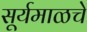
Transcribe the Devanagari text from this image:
सूर्यमाळचे